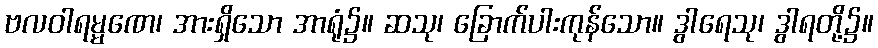
ဗလဝါရမ္မဏေ၊ အားရှိသော အာရုံ၌။ ဆသု၊ ခြောက်ပါးကုန်သော။ ဒွါရေသု၊ ဒွါရတို့၌။